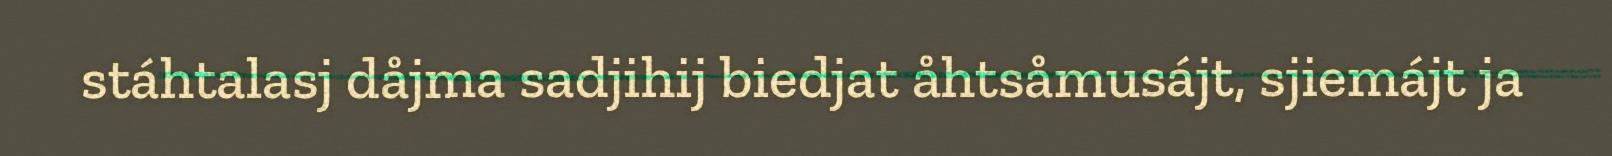
stáhtalasj dåjma sadjihij biedjat åhtsåmusájt, sjiemájt ja